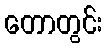
တောတွင်း